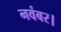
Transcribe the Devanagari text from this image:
नवंबर।